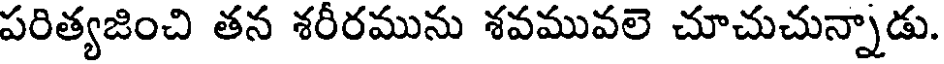
పరిత్యజించి తన శరీరమును శవమువలె చూచుచున్నాడు.